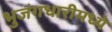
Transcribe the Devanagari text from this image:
भुजंगधारीमध्ये